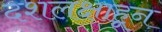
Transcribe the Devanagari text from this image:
दशलक्षाहून